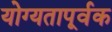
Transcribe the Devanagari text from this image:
योग्‍यतापूर्वक